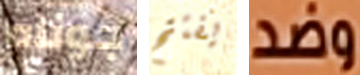
جوناه يفتح وضد